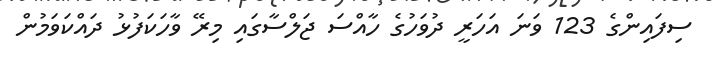
ސިފައިންގެ 123 ވަނަ އަހަރީ ދުވަހުގެ ހާއްސަ ޖަލްސާގައި މިރޭ ވާހަކަފުޅު ދައްކަވަމުން